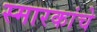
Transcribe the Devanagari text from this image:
स्मारकांचे